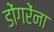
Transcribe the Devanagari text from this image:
डोंगरेंना